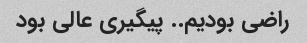
راضی بودیم.. پیگیری عالی بود